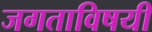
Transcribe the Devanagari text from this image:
जगताविषयी